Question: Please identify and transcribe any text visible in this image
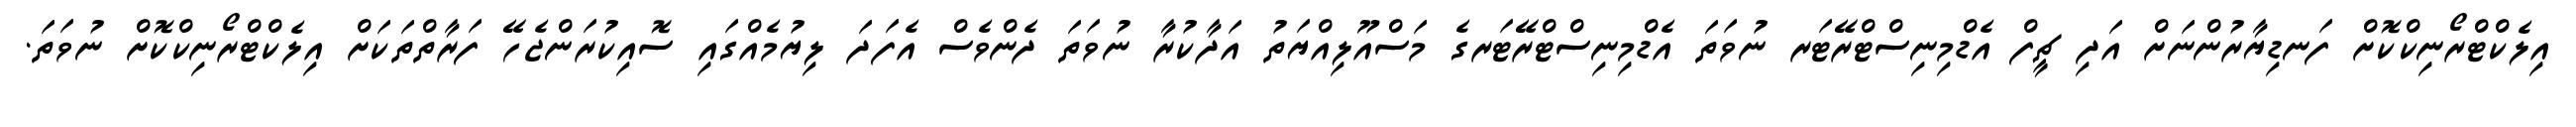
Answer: އިލެކްޓްރޯނިކްކޮށް ފަނޑިޔާރުންނަށް އަދި ޗީފް އެޑްމިނިސްޓްރޭޓަރ ނުވަތަ އެޑްމިނިސްޓްރޭޓަރގެ މަސްއޫލިއްޔަތު އަދާކުރާ ނުވަތަ ދެންވެސް އެފަދަ ލިޔުމެއްގައި ސޮއިކުރަންޖެހޭ ފަރާތްތަކަށް އިލެކްޓްރޯނިކްކޮށް ނުވަތަ.